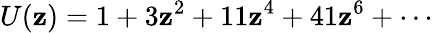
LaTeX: U(\mathbf{z})=1+3\mathbf{z}^{2}+11\mathbf{z}^{4}+41\mathbf{z}^{6}+\cdots